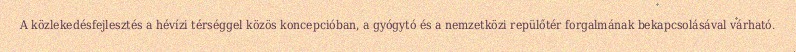
A közlekedésfejlesztés a hévízi térséggel közös koncepcióban, a gyógytó és a nemzetközi repülőtér forgalmának bekapcsolásával várható.